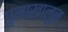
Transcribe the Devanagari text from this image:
पुलाखालून